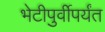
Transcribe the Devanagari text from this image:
भेटीपुर्वीपर्यंत